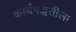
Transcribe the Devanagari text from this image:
कार्यपद्धतीला